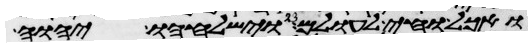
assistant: ואכל וחי לעולם וישלחהו יהוה